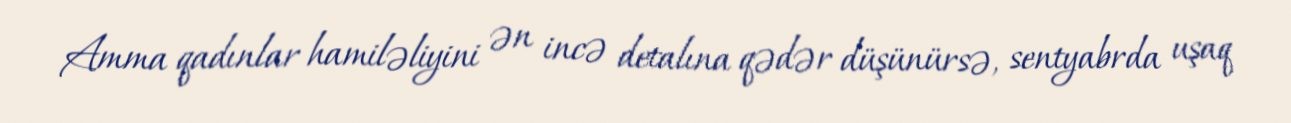
Amma qadınlar hamiləliyini ən incə detalına qədər düşünürsə, sentyabrda uşaq